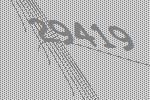
29419